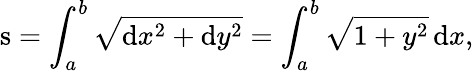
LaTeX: {\mathrm{s}}=\int_{a}^{b}{\sqrt{\mathrm{d}x^{2}+\mathrm{d}y^{2}}}=\int_{a}^{b}{\sqrt{1+y^{2}}}\, \mathrm{d}x,